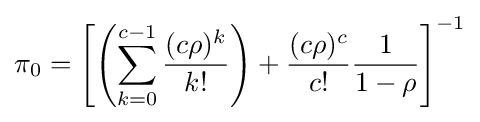
\pi _{0}=\left[\left(\sum _{k=0}^{c-1}{\frac {(c\rho )^{k}}{k!}}\right)+{\frac {(c\rho )^{c}}{c!}}{\frac {1}{1-\rho }}\right]^{-1}